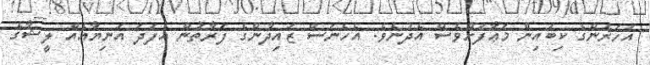
އަހަރެންގެ ކިބައިން މަޢާފަށްވެސް އެދުނެެވެ. އެހެނަސް ޒައިދާންގެ ފަރާތުން އެފަދަ އަނިޔާއެއް ލީޝާގެ